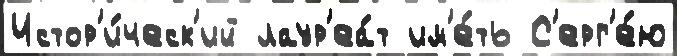
Истор'и́ческ'ий лаур'еа́т им'е́ть С'ерг'е́ю